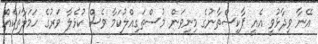
އޭނާ ވިދާޅުވީ އެއީ ޕާކިސްތާނުގެ މިނިވަން މުސްތަގިއްލުކަމާ ވެސް ކުޅެލާ ވަރުގެ ހަމަލާތަކެއް